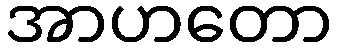
အာဟတော